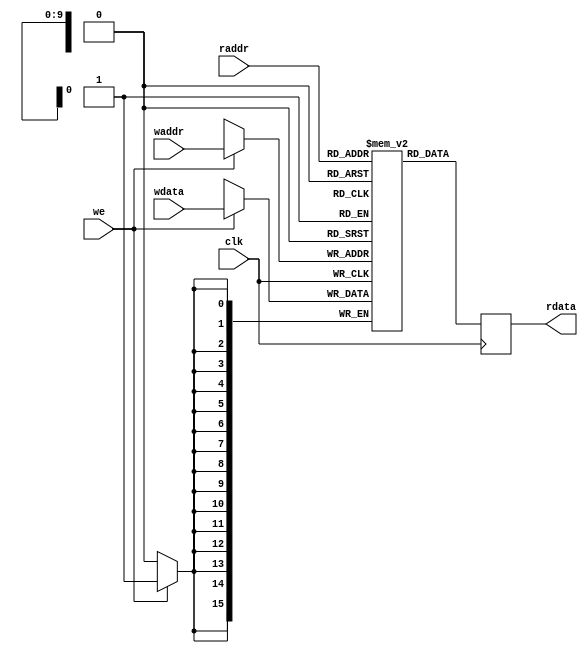
module dualPort1024x16(clk,we,waddr,raddr,wdata,rdata);

  input clk;			// RAM clock.
  input we;			// active high write enable
  input [9:0] waddr;		// 10-bit write enable (0 thru 1023)
  input [9:0] raddr;		// 10-bit read enable (0 thru 1023)
  input [15:0] wdata;		// data to write
  output reg [15:0] rdata;	// data being read

  reg [15:0] mem [1023:0];

  always @(posedge clk) begin
    if (we)
      mem[waddr] <= wdata;
    rdata <= mem[raddr];
  end

endmodule